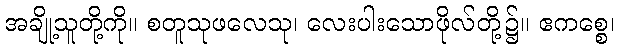
အချို့သူတို့ကို။ စတူသုဖလေသု၊ လေးပါးသောဖိုလ်တို့၌။ ဧကစ္စေ၊